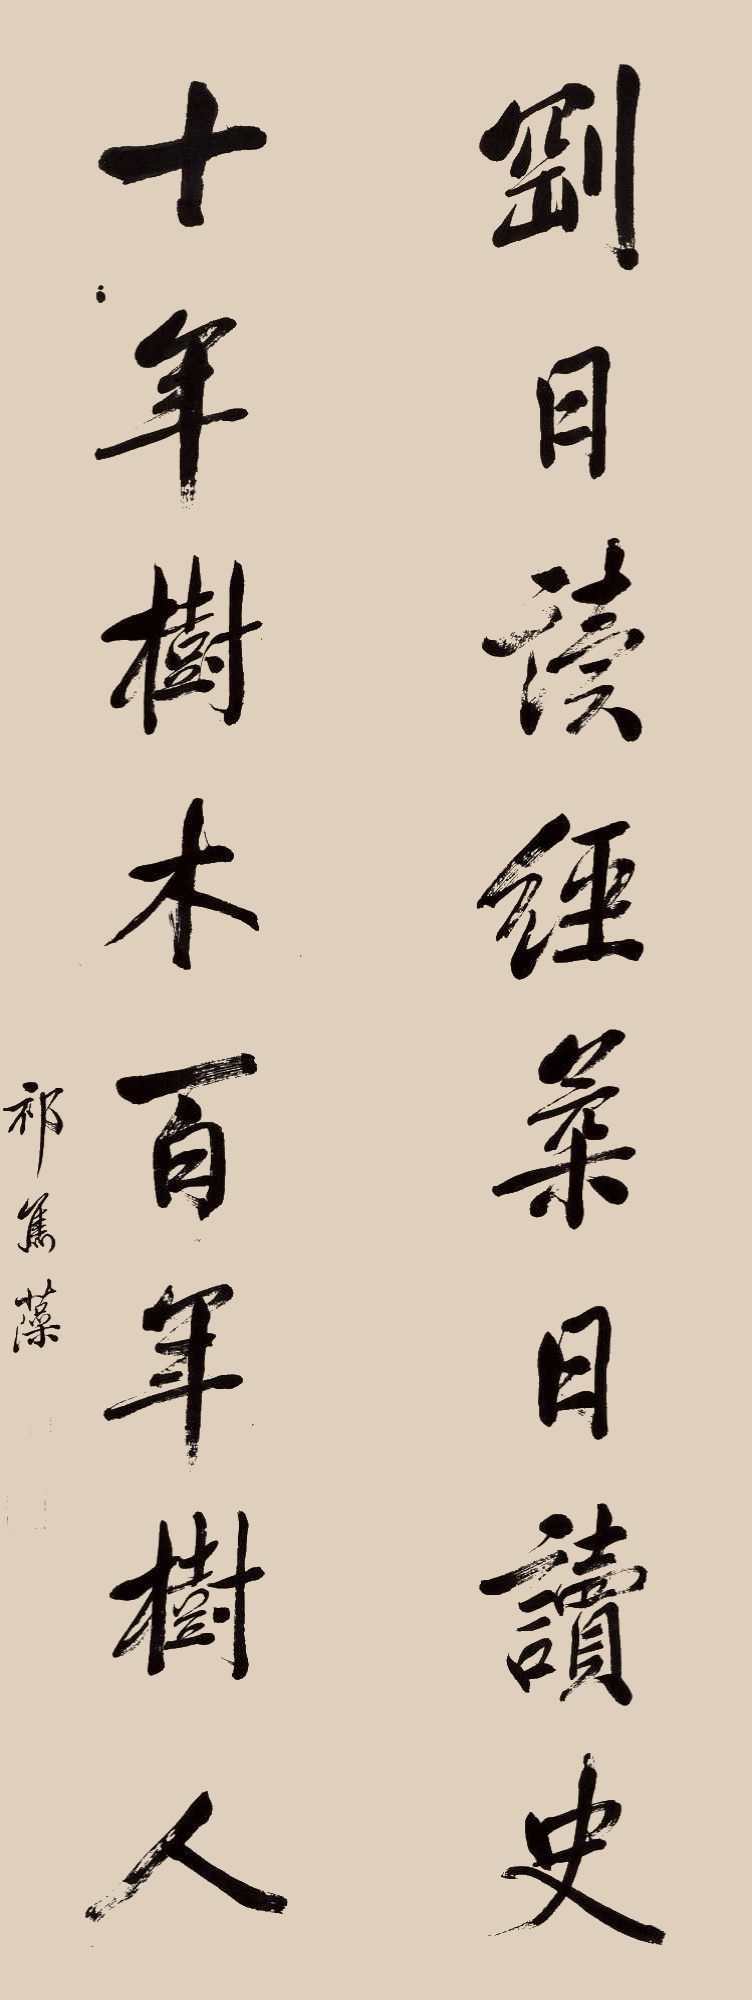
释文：刚日读经柔日读史，十年树木百年树人。祁寯藻。